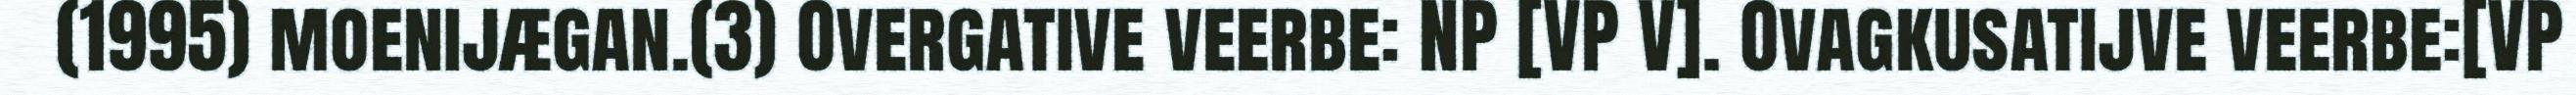
(1995) moenijægan.(3) Overgative veerbe: NP [VP V]. Ovagkusatijve veerbe:[VP